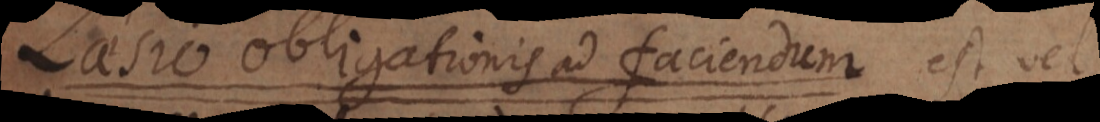
laesio obligationis ad faciendum est vel